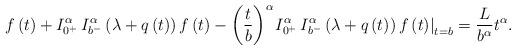
LaTeX: \begin{align*}f\left( t \right) + {I_{{0^ + }}^\alpha \,I_{{b^ - }}^\alpha \left(\lambda + q \left(t\right) \right)f\left( t \right) - {{\left( {\frac{t}{b}} \right)}^\alpha }{{\left. {I_{{0^ + }}^\alpha \,I_{{b^ - }}^\alpha \left(\lambda + q \left(t\right) \right)f\left( t \right)} \right|}_{t = b}}} = {\frac{L}{b^\alpha}} t^\alpha .\end{align*}